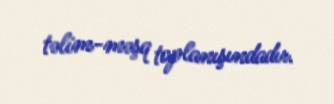
təlim-məşq toplanışındadır.